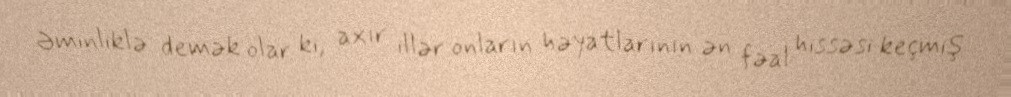
Əminliklə demək olar ki, axır illər onların həyatlarının ən fəal hissəsi keçmiş